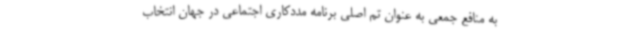
به منافع جمعی به عنوان تم اصلی برنامه مددکاری اجتماعی در جهان انتخاب